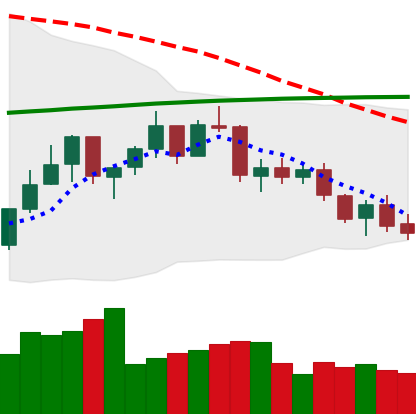
Ticker: ETH-USD
Chart end date: 2021-07-16
Forward return: 5.881%
Label: up_5_7